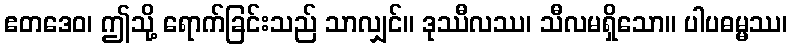
ဧတဒေဝ၊ ဤသို့ ရောက်ခြင်းသည် သာလျှင်။ ဒုဿီလဿ၊ သီလမရှိသော။ ပါပဓမ္မဿ၊